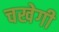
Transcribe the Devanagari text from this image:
चखेगी